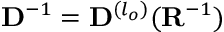
\mathbf { D } ^ { - 1 } = \mathbf { D } ^ { ( l _ { o } ) } ( \mathbf { R } ^ { - 1 } )